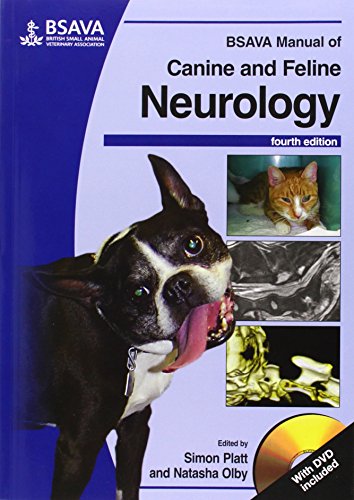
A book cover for BSAVA Manual of Canine and Feline Neurology, (with DVD-ROM); Medical Books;